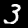
Label: 3